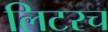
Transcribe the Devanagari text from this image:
लिटरच